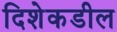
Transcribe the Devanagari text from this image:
दिशेकडील